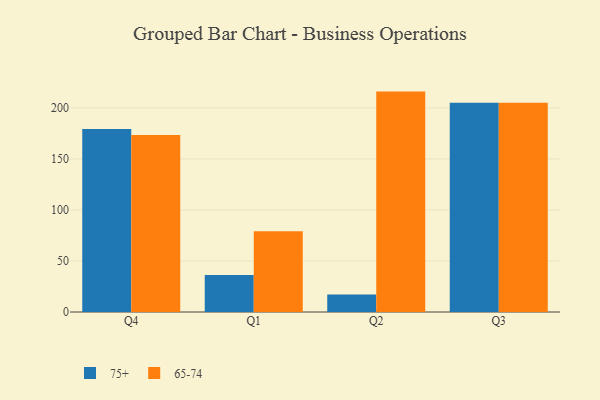
{"axis": {"x": "Quarter", "y": "Conversion Rate (%)"}, "legend": ["65-74", "75+"], "data": [{"x": "Q4", "y": 179.2, "type": "75+"}, {"x": "Q4", "y": 173.5, "type": "65-74"}, {"x": "Q1", "y": 36.3, "type": "75+"}, {"x": "Q1", "y": 79.0, "type": "65-74"}, {"x": "Q2", "y": 17.2, "type": "75+"}, {"x": "Q2", "y": 215.9, "type": "65-74"}, {"x": "Q3", "y": 205.0, "type": "75+"}, {"x": "Q3", "y": 205.1, "type": "65-74"}]}